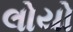
લોયો